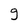
Character: g